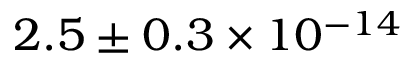
2 . 5 \pm { 0 . 3 } \times 1 0 ^ { - 1 4 }